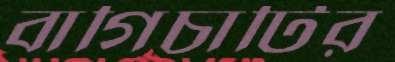
বাগিচাটির